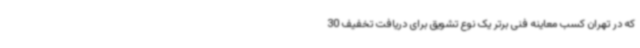
که در تهران کسب معاینه فنی برتر یک نوع تشویق برای دریافت تخفیف 30